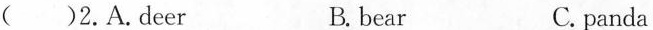
( )2.A.deer B.bear C. panda